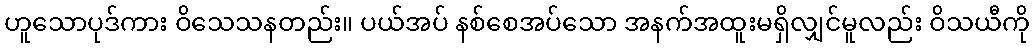
ဟူသောပုဒ်ကား ဝိသေသနတည်း။ ပယ်အပ် နစ်စေအပ်သော အနက်အထူးမရှိလျှင်မူလည်း ဝိသယီကို